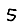
Digit: 5